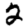
Digit: 2